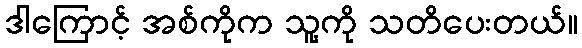
ဒါကြောင့် အစ်ကိုက သူ့ကို သတိပေးတယ်။